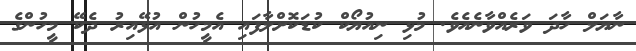
ނާޔަލް ހާދަ ވަރެއްވާނެއެވެ. މުޅި ނިއުޔޯކް ކުޑަކޮށްލާފައި އެމީހުން އުޅޭއިރު ދެކޭ މީހުންގެ